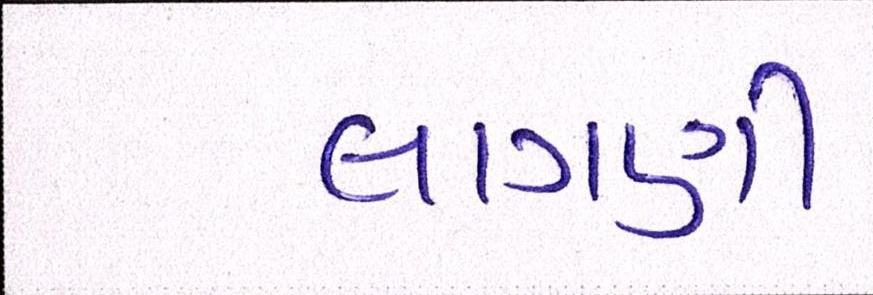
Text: લાગણી